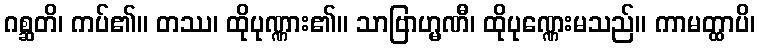
ဂစ္ဆတိ၊ ကပ်၏။ တဿ၊ ထိုပုဏ္ဏား၏။ သာဗြာဟ္မဏီ၊ ထိုပုဏ္ဏေးမသည်။ ကာမတ္ထာပိ၊